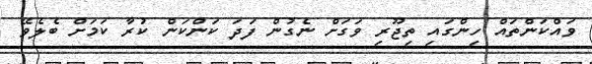
ވައްކަންތައް ހިންގައި ތިޖޫރި ވަގަށް ނެގުން ފަދަ ކަންކަން ކުރާ ކަމަށް ބެލެވޭ